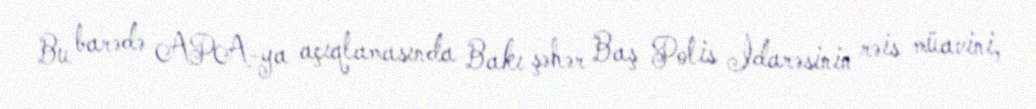
Bu barədə APA-ya açıqlamasında Bakı şəhər Baş Polis İdarəsinin rəis müavini,